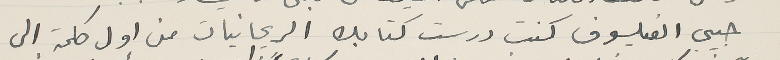
حبيبى الفيلسوف كنت درست كتابك الريحانيات من اول كلمة الى